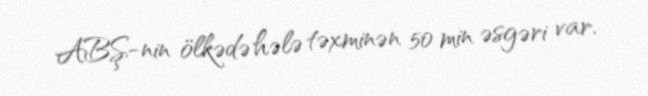
ABŞ-nin ölkədə hələ təxminən 50 min əsgəri var.